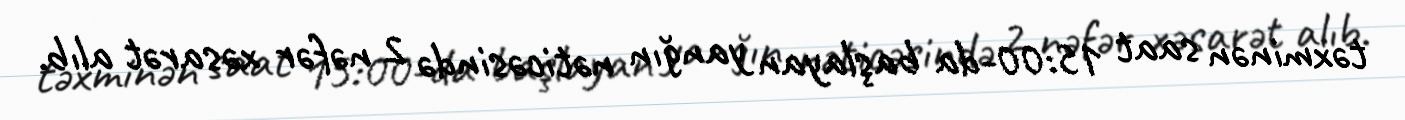
təxminən saat 15:00-da başlayan yanğın nəticəsində 2 nəfər xəsarət alıb.